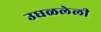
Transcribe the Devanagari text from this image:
उधळलेली